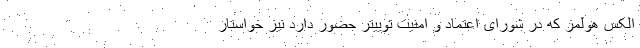
الکس هولمز که در شورای اعتماد و امنیت توییتر حضور دارد نیز خواستار